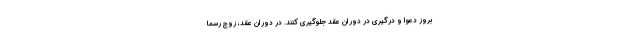
بروز دعوا و درگیری در دوران عقد جلوگیری کنند. در دوران عقد، زوج رسما